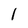
Character: l